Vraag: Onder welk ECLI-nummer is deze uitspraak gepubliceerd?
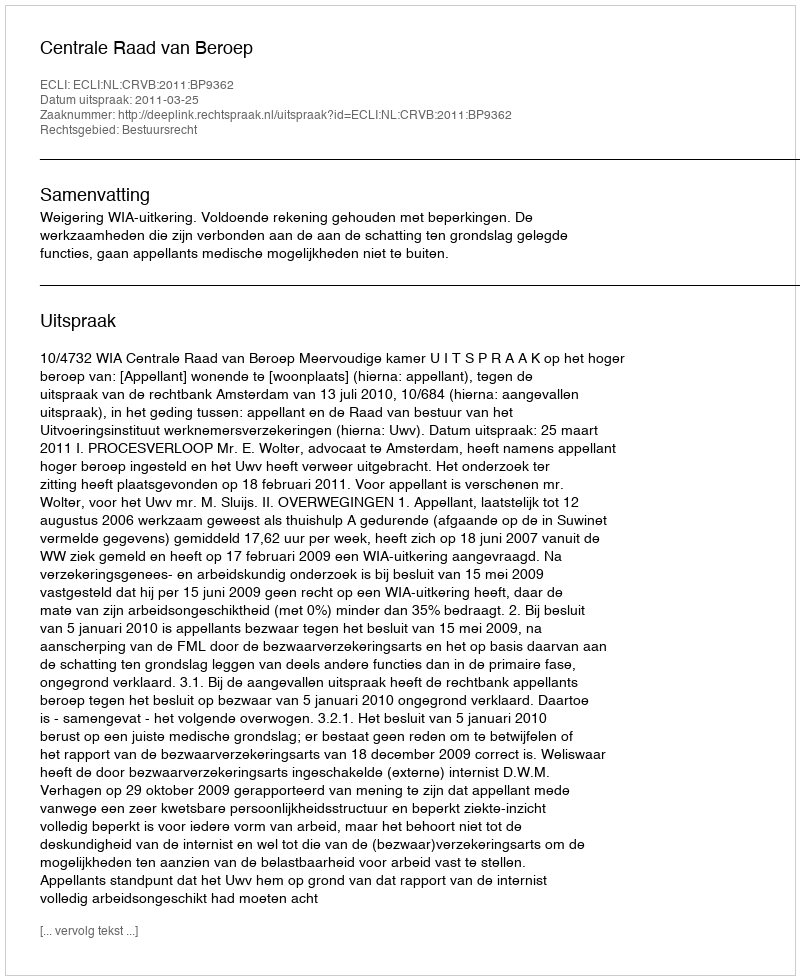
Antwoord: ECLI:NL:CRVB:2011:BP9362